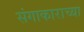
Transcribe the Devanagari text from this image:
संगाकाराच्या